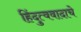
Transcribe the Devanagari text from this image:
हिंदुत्ववादाचे